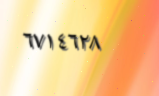
٦٧١٤٦٢٨